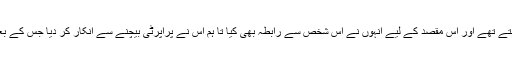
سابق پولیس انسپکٹر عابد باکسر کا کہنا تھا کہ شہباز شریف کسی کی جائیداد خریدنا چاہتے تھے اور اس مقصد کے لیے انہوں نے اس شخص سے رابطہ بھی کیا تا ہم اس نے پراپرٹی بیچنے سے انکار کر دیا جس کے بعد شہباز شریف نے اس جائیداد کو ہتھیانے کا منصوبہ بنایا اور مجھے سے قتل کروایا ۔